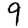
Digit: 9